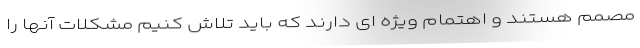
مصمم هستند و اهتمام ویژه ای دارند که باید تلاش کنیم مشکلات آنها را